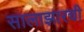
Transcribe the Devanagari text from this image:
सालाझारची